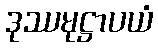
ဒုဿမုဋ္ဌာပယံ